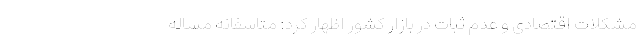
مشکلات اقتصادی و عدم ثبات در بازار کشور اظهار کرد: متاسفانه مساله